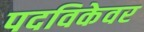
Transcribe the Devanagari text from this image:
पदविकेवर